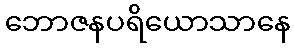
ဘောဇနပရိယောသာနေ